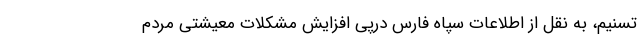
تسنیم، به نقل از اطلاعات سپاه فارس درپی افزایش مشکلات معیشتی مردم